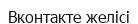
Вконтакте желісі